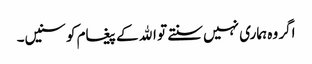
اگر وہ ہماری نہیں سنتے تو اﷲ کے پیغام کو سنیں۔